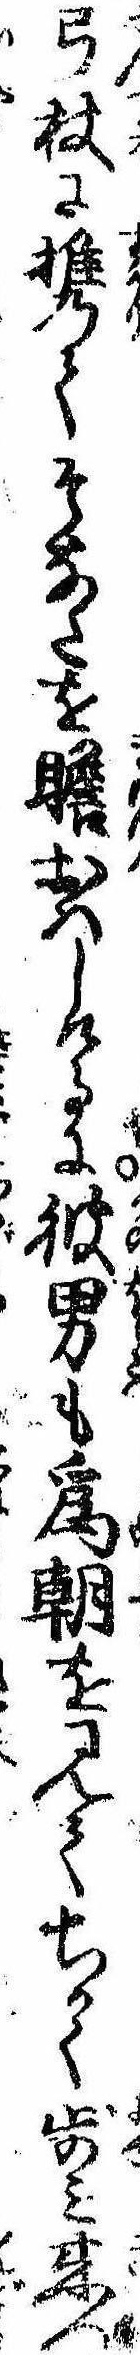
弓杖に携てそなたを瞻おはしけるに彼男も為朝を見てちかく歩み来つ